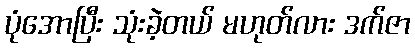
ပုံအောပြီး သုံးခဲ့တယ် မဟုတ်လား ဒက်ဇာ